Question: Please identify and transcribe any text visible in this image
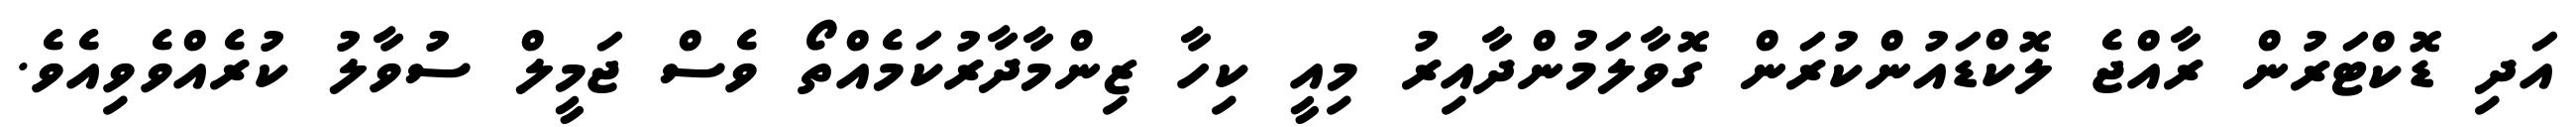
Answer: އަދި ޑޮކްޓަރުން ރާއްޖެ ލޮކްޑައުންކުރަން ގޮވާލަމުންދާއިރު މިއީ ކިހާ ޒިންމާދާރުކަމެއްތޯ ވެސް ޖަމީލް ސުވާލު ކުރެއްވެވިއެވެ.